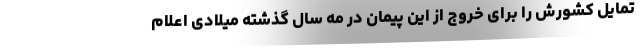
تمایل کشورش را برای خروج از این پیمان در مه سال گذشته میلادی اعلام